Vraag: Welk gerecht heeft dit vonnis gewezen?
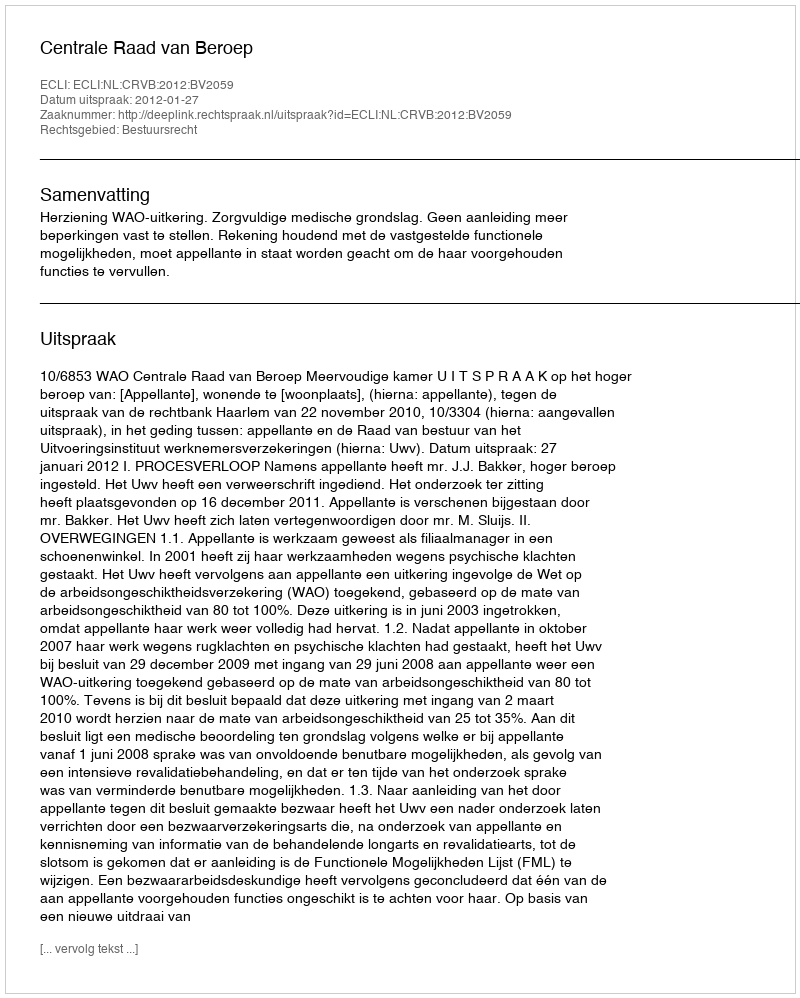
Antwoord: Centrale Raad van Beroep